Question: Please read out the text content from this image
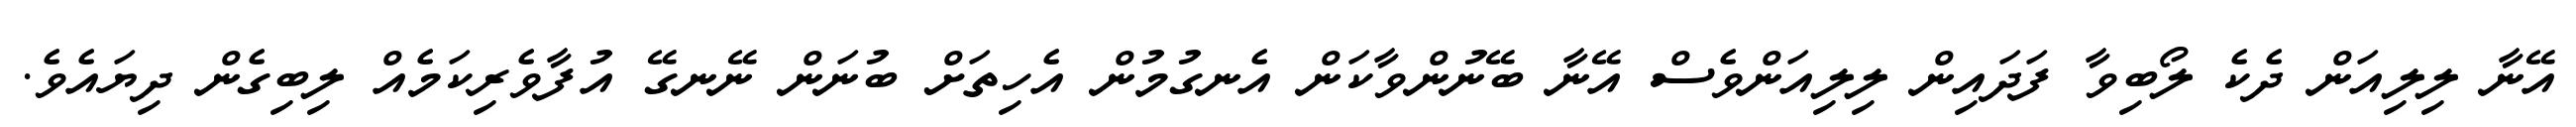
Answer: އޭނާ ލިލިއަން ދެކެ ލޯބިވާ ފަދައިން ލިލިއަންވެސް އޭނާ ބޭނުންވާކަން އެނގުމުން އެހިތަށް ބުނަން ނޭނގޭ އުފާވެރިކަމެއް ލިބިގެން ދިޔައެވެ.